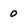
Character: 0